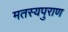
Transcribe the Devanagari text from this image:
मतस्यपुराण